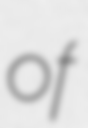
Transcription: of